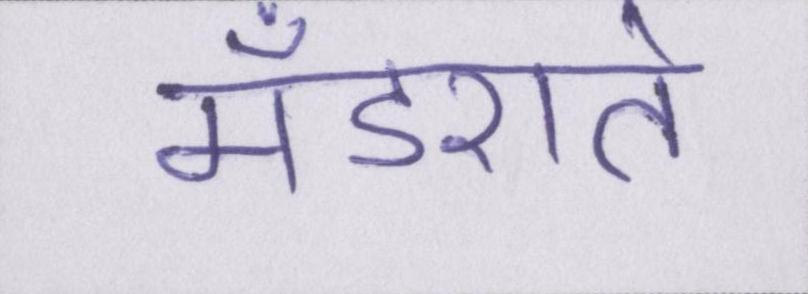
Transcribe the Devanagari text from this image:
मँडराते